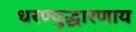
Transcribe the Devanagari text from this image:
धरण्युद्धारणाय